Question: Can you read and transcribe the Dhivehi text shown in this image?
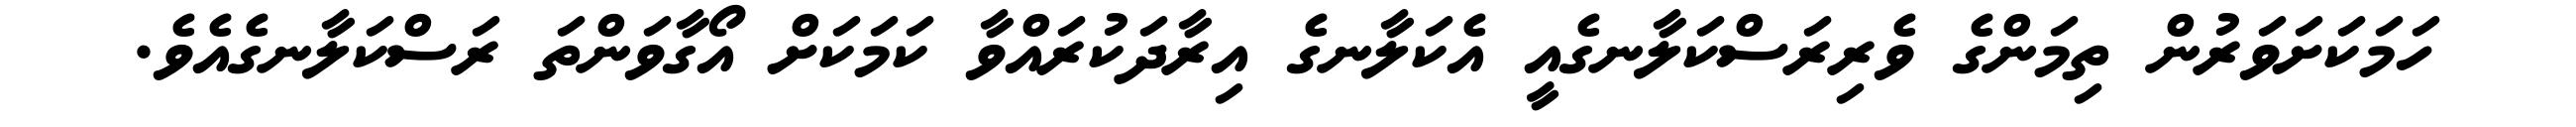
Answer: ހަމަކަށަވަރުން ތިމަންގެ ވެރިރަސްކަލާނގެއީ އެކަލާނގެ އިރާދަކުރައްވާ ކަމަކަށް އޯގާވަންތަ ރަސްކަލާނގެއެވެ.